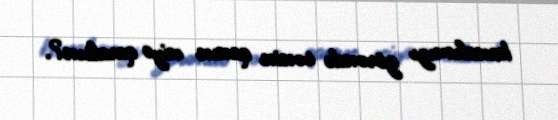
kanalımızı görəndə sənin qanın niyə qaralsın?.